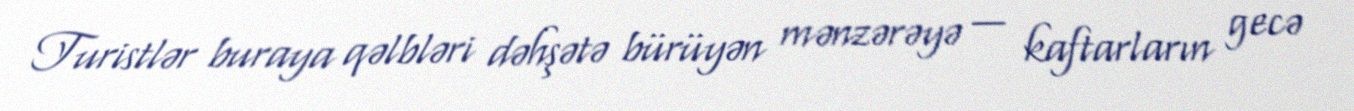
Turistlər buraya qəlbləri dəhşətə bürüyən mənzərəyə — kaftarların gecə